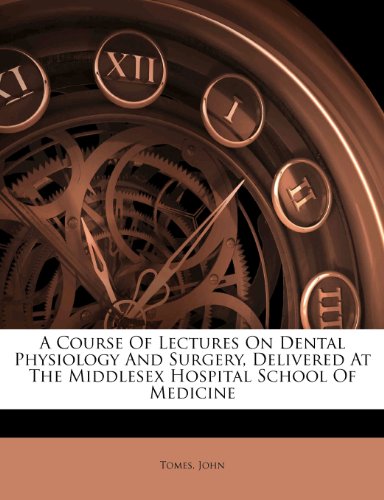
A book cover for A Course Of Lectures On Dental Physiology And Surgery, Delivered At The Middlesex Hospital School Of Medicine; Tomes John; Medical Books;